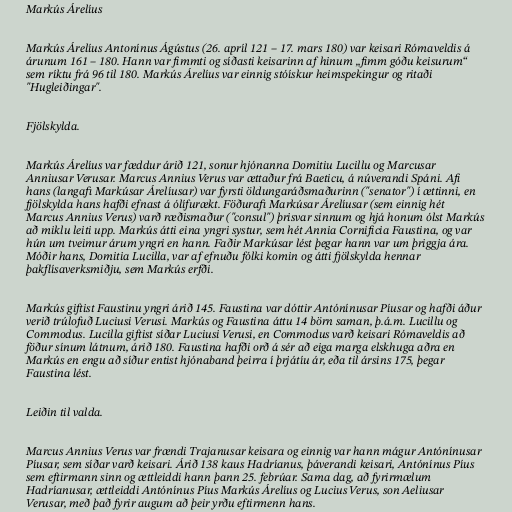
Markús Árelíus

Markús Árelíus Antonínus Ágústus (26. apríl 121 – 17. mars 180) var keisari Rómaveldis á
árunum 161 – 180. Hann var fimmti og síðasti keisarinn af hinum „fimm góðu keisurum“
sem ríktu frá 96 til 180. Markús Árelíus var einnig stóískur heimspekingur og ritaði
"Hugleiðingar".

Fjölskylda.

Markús Árelíus var fæddur árið 121, sonur hjónanna Domitiu Lucillu og Marcusar
Anniusar Verusar. Marcus Annius Verus var ættaður frá Baeticu, á núverandi Spáni. Afi
hans (langafi Markúsar Árelíusar) var fyrsti öldungaráðsmaðurinn ("senator") í ættinni, en
fjölskylda hans hafði efnast á ólífurækt. Föðurafi Markúsar Árelíusar (sem einnig hét
Marcus Annius Verus) varð ræðismaður ("consul") þrisvar sinnum og hjá honum ólst Markús
að miklu leiti upp. Markús átti eina yngri systur, sem hét Annia Cornificia Faustina, og var
hún um tveimur árum yngri en hann. Faðir Markúsar lést þegar hann var um þriggja ára.
Móðir hans, Domitia Lucilla, var af efnuðu fólki komin og átti fjölskylda hennar
þakflísaverksmiðju, sem Markús erfði.

Markús giftist Faustinu yngri árið 145. Faustina var dóttir Antónínusar Píusar og hafði áður
verið trúlofuð Luciusi Verusi. Markús og Faustina áttu 14 börn saman, þ.á.m. Lucillu og
Commodus. Lucilla giftist síðar Luciusi Verusi, en Commodus varð keisari Rómaveldis að
föður sínum látnum, árið 180. Faustina hafði orð á sér að eiga marga elskhuga aðra en
Markús en engu að síður entist hjónaband þeirra í þrjátíu ár, eða til ársins 175, þegar
Faustina lést.

Leiðin til valda.

Marcus Annius Verus var frændi Trajanusar keisara og einnig var hann mágur Antónínusar
Píusar, sem síðar varð keisari. Árið 138 kaus Hadríanus, þáverandi keisari, Antónínus Píus
sem eftirmann sinn og ættleiddi hann þann 25. febrúar. Sama dag, að fyrirmælum
Hadríanusar, ættleiddi Antónínus Píus Markús Árelíus og Lucius Verus, son Aeliusar
Verusar, með það fyrir augum að þeir yrðu eftirmenn hans.